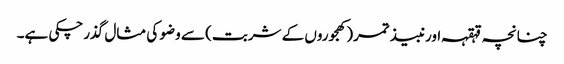
چنانچہ قہقہہ اورنبیذ تمر(کھجوروں کے شربت) سے وضو کی مثال گذرچکی ہے۔